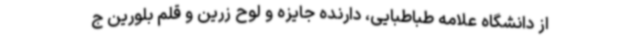
از دانشگاه علامه طباطبایی، دارنده جایزه و لوح زرین و قلم بلورین ج